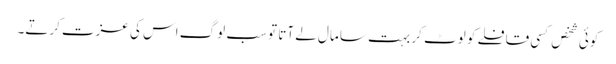
کوئی شخص کسی قافلے کو لوٹ کر بہت سا مال لے آتا تو سب لوگ اس کی عزت کرتے۔